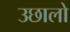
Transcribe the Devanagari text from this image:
उछालो